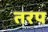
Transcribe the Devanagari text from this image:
तरप